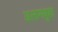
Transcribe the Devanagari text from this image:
अलामबुशा